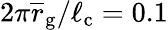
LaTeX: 2\pi\overline{r}_{\mathrm{g}}/\ell_{\mathrm{c}}=0.1